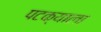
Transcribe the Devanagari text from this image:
पटक्याला